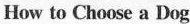
How to Choose a Dog